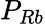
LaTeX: P_{Rb}